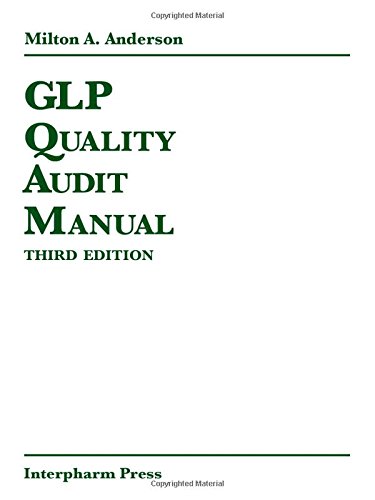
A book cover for GLP Quality Audit Manual, Third Edition; Milton A. Anderson; Medical Books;